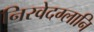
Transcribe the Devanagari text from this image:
निरवेदग्लानि